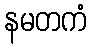
နမတကံ